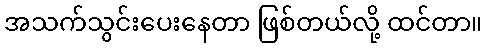
အသက်သွင်းပေးနေတာ ဖြစ်တယ်လို့ ထင်တာ။